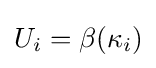
U_{i}=\beta (\kappa _{i})